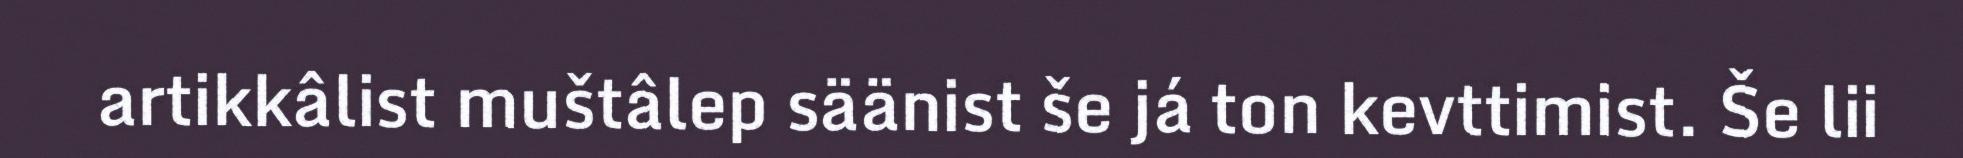
artikkâlist muštâlep säänist še já ton kevttimist. Še lii